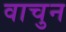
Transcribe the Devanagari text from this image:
वाचुन